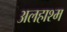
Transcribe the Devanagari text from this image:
अलहाश्म